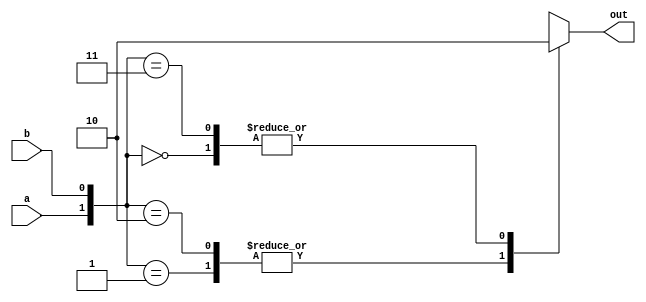
`timescale 1ns / 1ps
//////////////////////////////////////////////////////////////////////////////////
// Company: 
// Engineer: 
// 
// Design Name: 
// Module Name:    xor_proc 
// Project Name: 
// Target Devices: 
// Tool versions: 
// Description: 
//
// Dependencies: 
//
// Revision: 
// Revision 0.01 - File Created
// Additional Comments: 
//
//////////////////////////////////////////////////////////////////////////////////
module xor_proc(
    input a,
    input b,
    output reg out
    );
	 
	always @(*)
		begin
			case ({a, b})
				2'b00: out = 0;
				2'b01: out = 1;
            2'b10: out = 1;
            2'b11: out = 0;
            default: out = 1'bx;
        endcase
    end   

endmodule